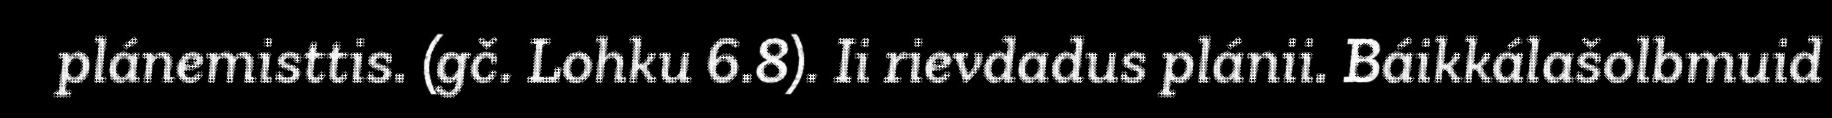
plánemisttis. (gč. Lohku 6.8). Ii rievdadus plánii. Báikkálašolbmuid